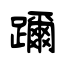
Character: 躎